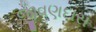
જીવણદાસ